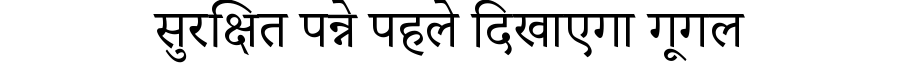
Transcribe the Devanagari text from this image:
सुरक्षित पन्ने पहले दिखाएगा गूगल